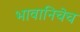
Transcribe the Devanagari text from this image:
भावानिचेच